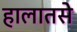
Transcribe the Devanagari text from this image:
हालातसे